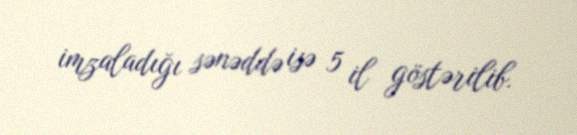
imzaladığı sənəddə isə 5 il göstərilib.